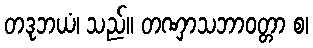
တဒုဘယံ၊ သည်။ တဏှာသဘာဝတ္တာ စ၊